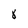
Character: 8